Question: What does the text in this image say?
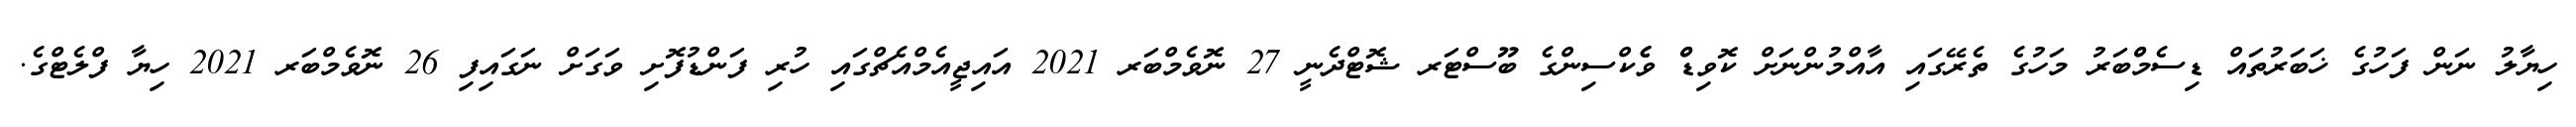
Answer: ހިޔާލު ނަން ފަހުގެ ޚަބަރުތައް ޑިސެމްްބަރު މަހުގެ ތެރޭގައި އާއްމުންނަށް ކޮވިޑްް ވެެކްސިންގެ ބޫސްޓަރ ޝޮޓްދެނީ 27 ނޮވެމްބަރ 2021 އައިޖީއެމްއެޗްގައި ހުރި ފަންޑުފޮށި ވަގަށް ނަގައިފި 26 ނޮވެމްބަރ 2021 ހިޔާ ފްލެޓްގެ.